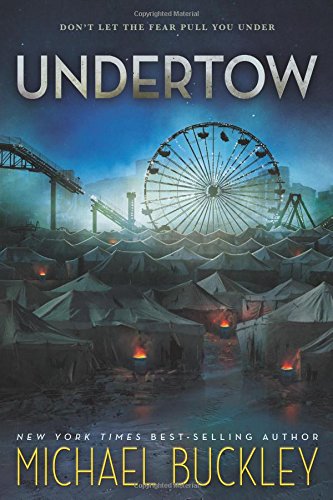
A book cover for Undertow; Michael Buckley; Teen & Young Adult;